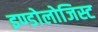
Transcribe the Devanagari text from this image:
इण्डोलोजिस्ट